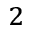
_ 2